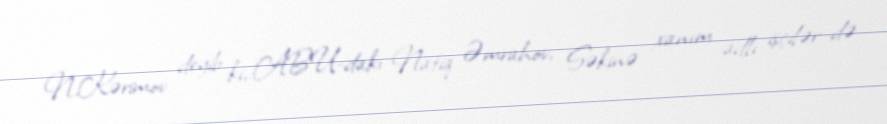
N.Kərimov deyib ki, ABU-dakı Natiq Əmrahov, Səkinə xanım adlı işçilər də